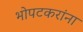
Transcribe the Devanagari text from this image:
भोपटकरांना